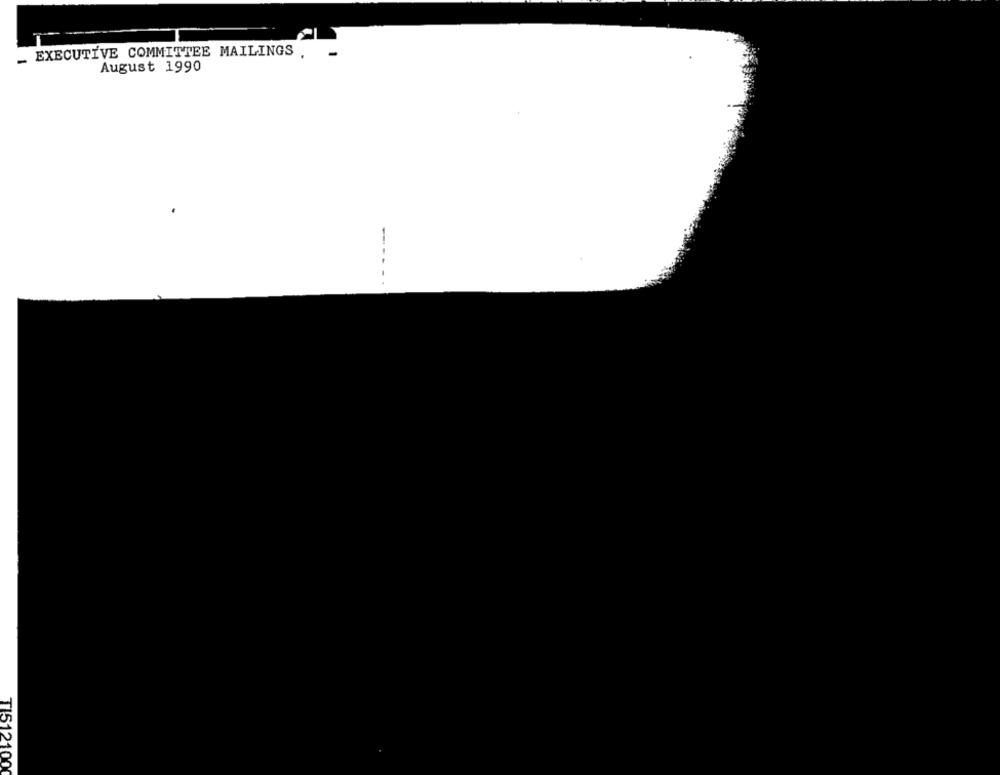
_ EXECUTIVE COMMITTEE MAILINGS .
August 1990
-
TI512100